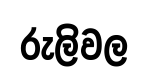
රුලිවල